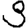
Digit: 3